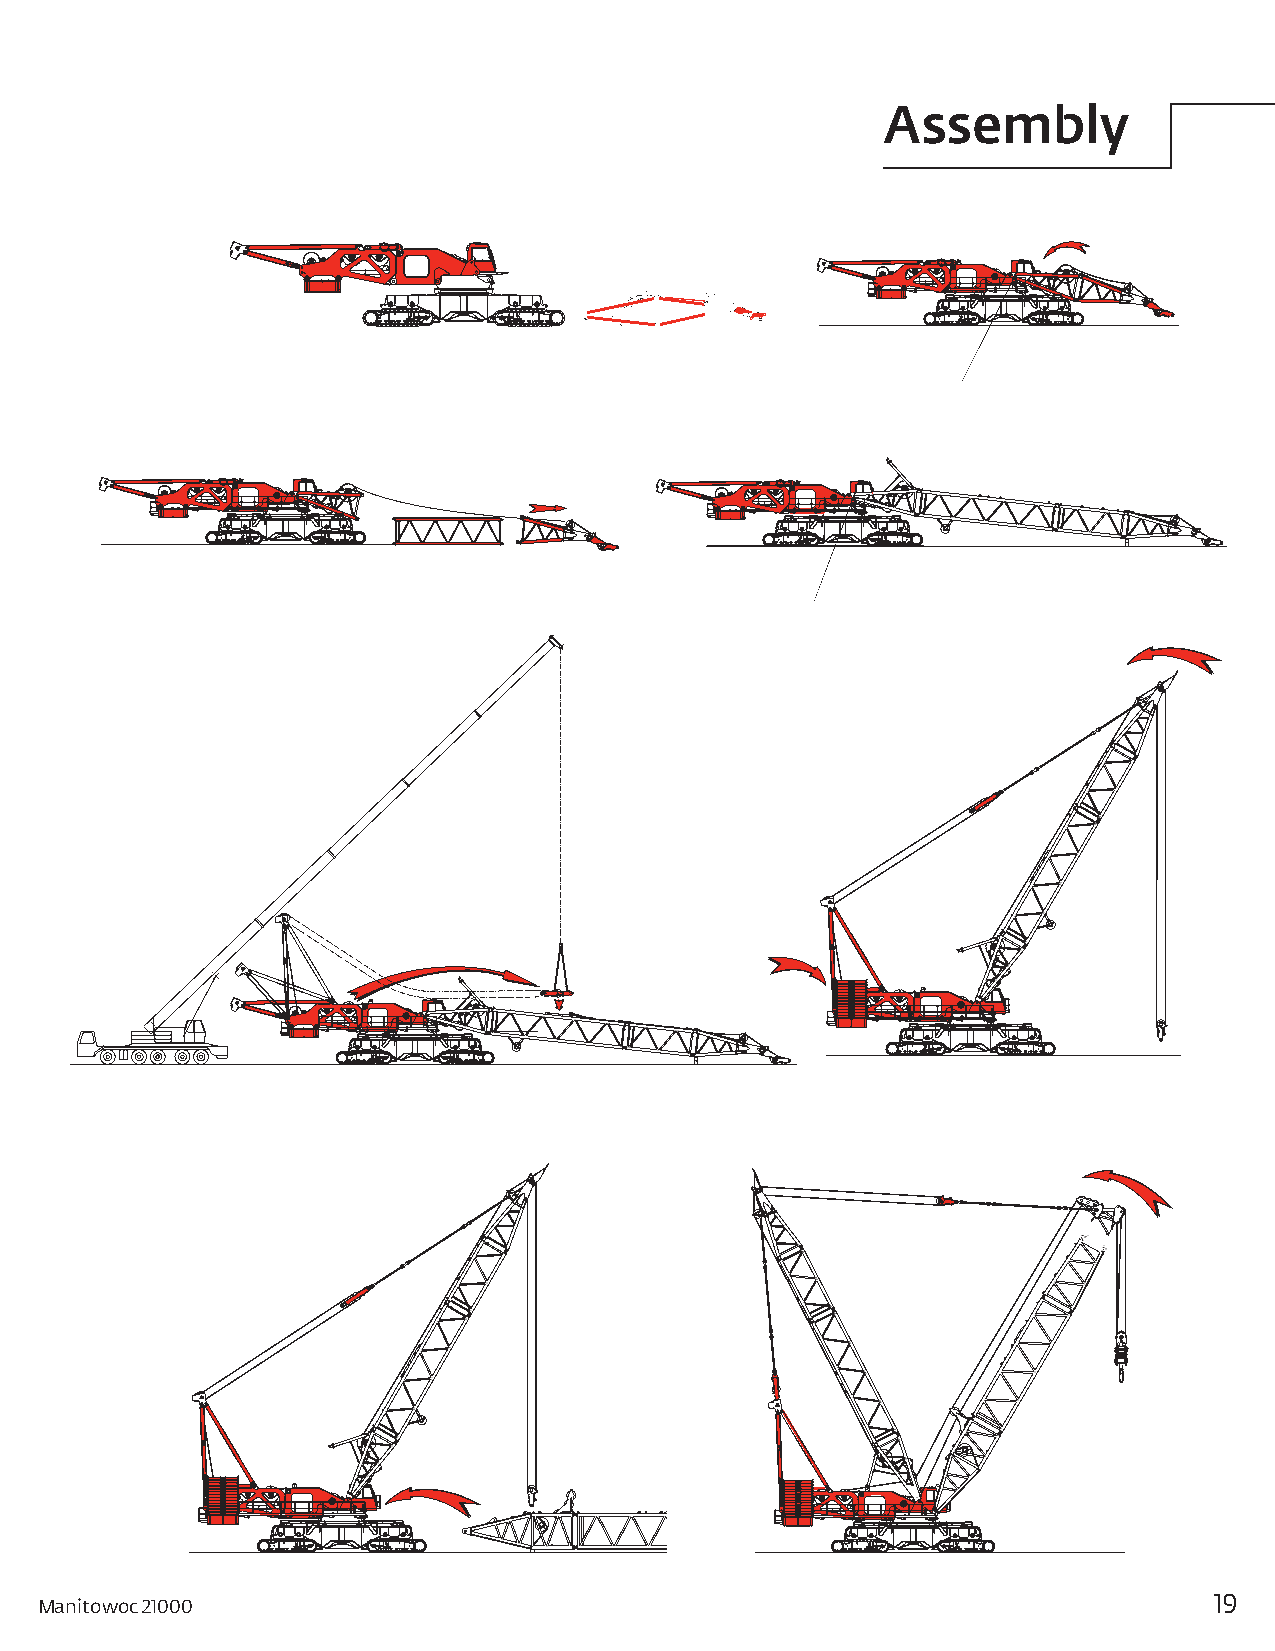
Assembly
 MADADST M AASSSTE IMNBSLEYR T2S
 Manitowoc 21000                                                               19